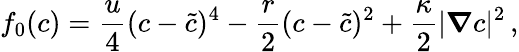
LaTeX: f_{0}(c)=\frac{u}{4}(c-\tilde{c})^{4}-\frac{r}{2}(c-\tilde{c})^{2}+\frac{\kappa}{2}|\boldsymbol\nabla c|^{2}\, ,